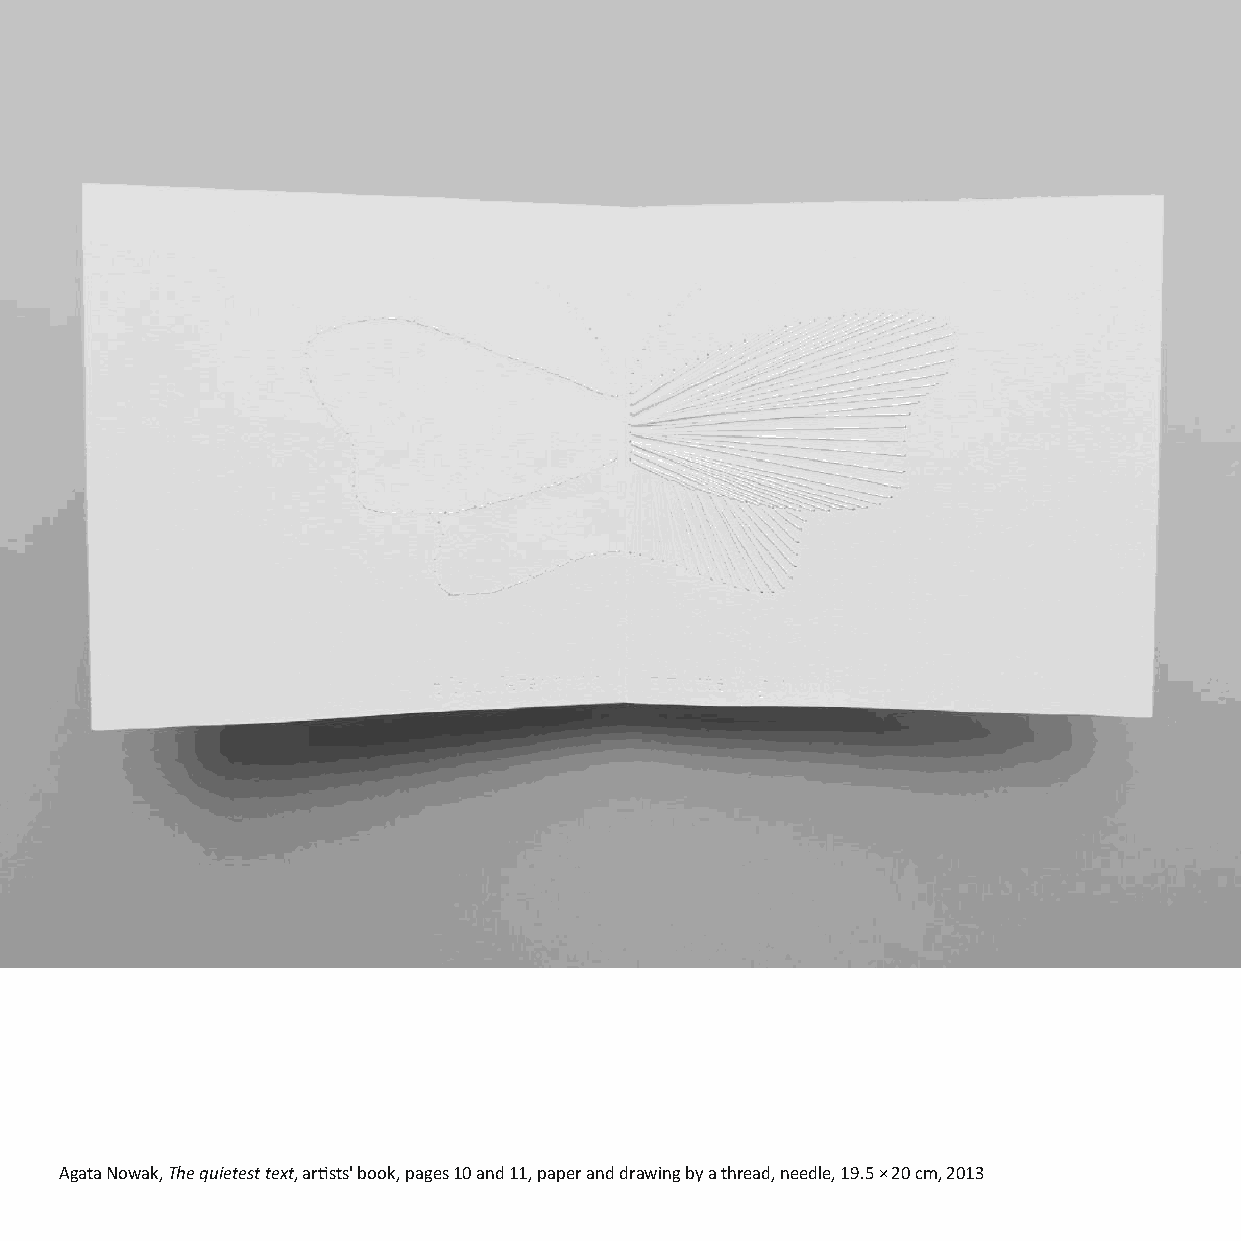
Agata Nowak, The quietest text, arsts' book, pages 10 and 11, paper and drawing by a thread, needle, 19.5 × 20 cm, 2013